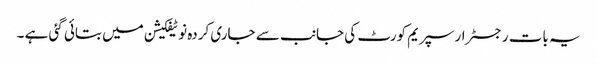
یہ بات رجسٹرار سپریم کورٹ کی جانب سے جاری کردہ نوٹیفکیشن میں بتائی گئی ہے ۔